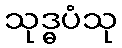
သုဒ္ဓပံသု